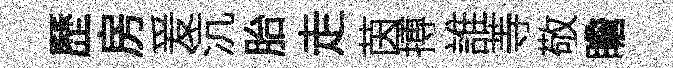
歷房爰沆胎走茵搏誰䓁敬瞻